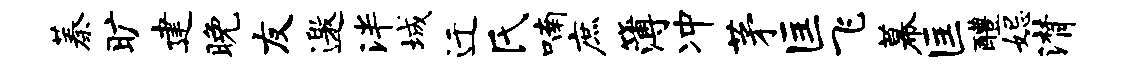
蓁旷建晚友邀泮城迁氏喃庶簿冲茅匡飞幕匡醴妃潸